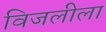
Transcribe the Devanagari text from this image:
विजलीला